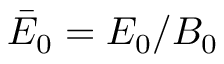
\bar { E } _ { 0 } = E _ { 0 } / B _ { 0 }